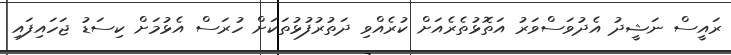
ރައީސް ނަޝީދު އެދުވަސްވަރު އަތޮޅުތެރެއަށް ކުރެއްވި ދަތުރުފުޅުތަކަށް ހުރަސް އެޅުމަށް ކިސަޑު ޖަހައިފައި